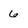
Character: 6